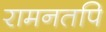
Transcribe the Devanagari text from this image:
रामनतपि